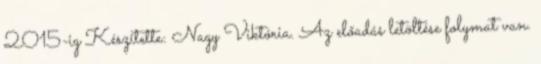
2015-ig Készítette: Nagy Viktória. Az előadás letöltése folymat van.